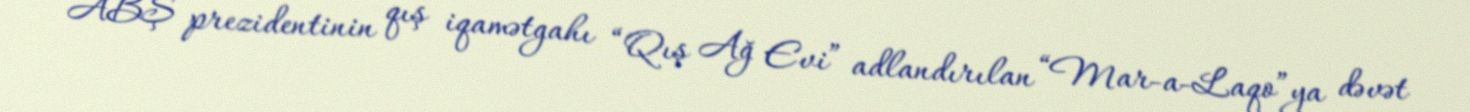
ABŞ prezidentinin qış iqamətgahı “Qış Ağ Evi” adlandırılan “Mar-a-Laqo”ya dəvət